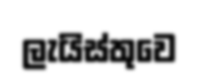
ලැයිස්තුවෙ